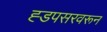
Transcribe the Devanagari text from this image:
ह्डपसरवरून